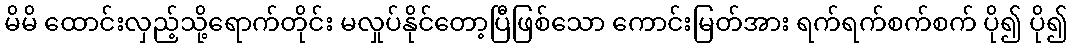
မိမိ ထောင်းလှည့်သို့ရောက်တိုင်း မလှုပ်နိုင်တော့ပြီဖြစ်သော ကောင်းမြတ်အား ရက်ရက်စက်စက် ပို၍ ပို၍